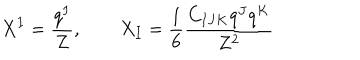
X ^ { I } = \frac { q ^ { I } } { Z } , \qquad X _ { I } = \frac { 1 } { 6 } \frac { C _ { I J K } q ^ { J } q ^ { K } } { Z ^ { 2 } }